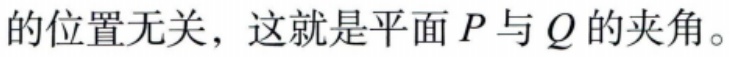
的位置无关，这就是平面$P$与$Q$的夹角。